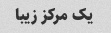
یک مرکز زیبا